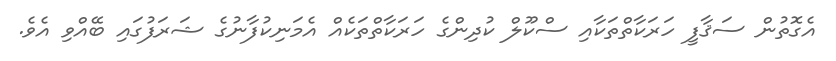
އެގޮތުން ސަޤާފީ ހަރަކާތްތަކާއި ސްކޫލް ކުދިންގެ ހަރަކާތްތަކެއް އެމަނިކުފާނުގެ ޝަރަފުގައި ބޭއްވި އެވެ.